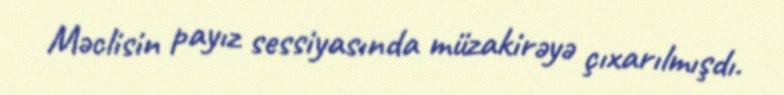
Məclisin payız sessiyasında müzakirəyə çıxarılmışdı.